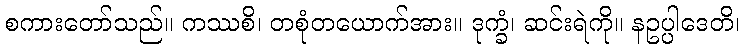
စကားတော်သည်။ ကဿစိ၊ တစုံတယောက်အား။ ဒုက္ခံ၊ ဆင်းရဲကို။ နဥပ္ပါဒေတိ၊